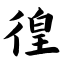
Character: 徨